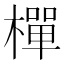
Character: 樿